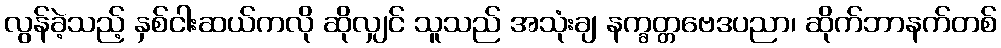
လွန်ခဲ့သည့် နှစ်ငါးဆယ်ကလို ဆိုလျှင် သူသည် အသုံးချ နက္ခတ္တဗေဒပညာ၊ ဆိုက်ဘာနက်တစ်